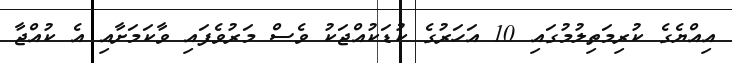
އިއްޔެގެ ކުރިމަތިލުމުގައި 10 އަހަރުގެ ކުޑަކުއްޖަކު ވެސް މަރުވެފައި ވާކަމަށާއި އެ ކުއްޖާ